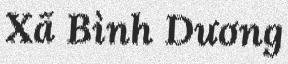
Xã Bình Dương